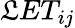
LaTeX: \mathfrak{L}ET_{ij}